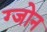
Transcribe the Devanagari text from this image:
ग्जोन